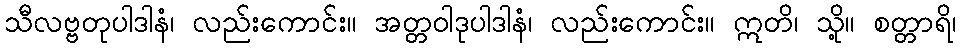
သီလဗ္ဗတုပါဒါနံ၊ လည်းကောင်း။ အတ္တဝါဒုပါဒါနံ၊ လည်းကောင်း။ ဣတိ၊ သို့။ စတ္တာရိ၊